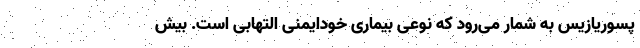
پسوریازیس به شمار می‌رود که نوعی بیماری خودایمنی التهابی است. بیش